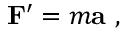
\mathbf { F } ^ { \prime } = m \mathbf { a } \ ,